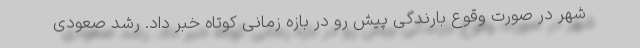
شهر در صورت وقوع بارندگی پیش رو در بازه زمانی کوتاه خبر داد. رشد صعودی